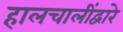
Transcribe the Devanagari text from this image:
हालचालींद्वारे